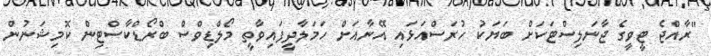
"ރާއްޖެ ޓީވީގެ ޖާނަލިސްޓަކަށް ބަޔަކު ހުރަސްއަޅައި އޭނާއަށް ހަމަލާދީފައިވާތީ މޯލްޑިވްސް ބްރޯޑްކާސްޓިން ކޮމިޝަނުން